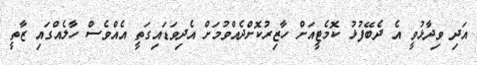
އަދި ވިދާޅުވީ އެ ދެބޭފުޅު ކޮމެޓީއަށް ހާޒިރުކޮށްދެއްވުމަށް އެދިވަޑައިގަތީ އެއްވެސް ހާލެއްގައި ޒާތީ